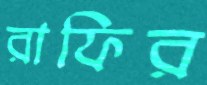
রাফির